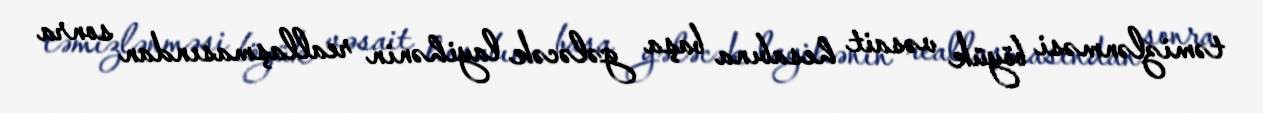
təmizlənməsi böyük vəsait hesabına başa gələcək layihənin reallaşmasından sonra